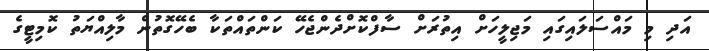
އަދި މި މައްސަލައިގައި މަޖިލީހަށް އިތުރަށް ސާފްކޮށްދެންޖެހޭ ކަންތައްތަކާ ބެހޭގޮތުން މާލިއްޔަތު ކޮމިޓީގެ